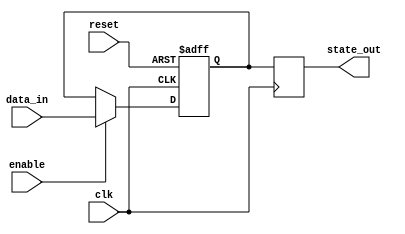
module example_sequential_logic (
    input wire clk,           // Clock signal
    input wire reset,         // Reset signal
    input wire enable,        // Enable signal for state update
    input wire [3:0] data_in, // Input data
    output reg [3:0] state_out // Output state
);

// Internal state variable
reg [3:0] state;

// Sequential logic block
always @ (posedge clk or posedge reset) begin
    if (reset) begin
        // Synchronous reset: initialize state
        state <= 4'b0000;
    end else if (enable) begin
        // Update state based on input data
        state <= data_in;
    end
end

// Output generation based on the current state
always @ (posedge clk) begin
    state_out <= state; // Assign the current state to output
end

endmodule